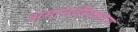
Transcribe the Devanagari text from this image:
अमानवीयकरण